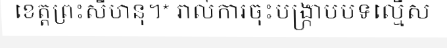
ខេត្តព្រះសីហនុ។* រាល់ការចុះបង្ក្រាបបទល្មើស